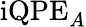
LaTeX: \textrm{iQPE}_{A}